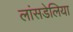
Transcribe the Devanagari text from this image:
लांसडेलिया